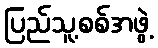
ပြည်သူ့စစ်အဖွဲ့